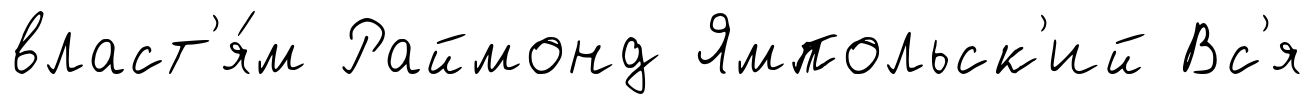
власт'я́м Раймонд Ямпольск'ий Вс'я